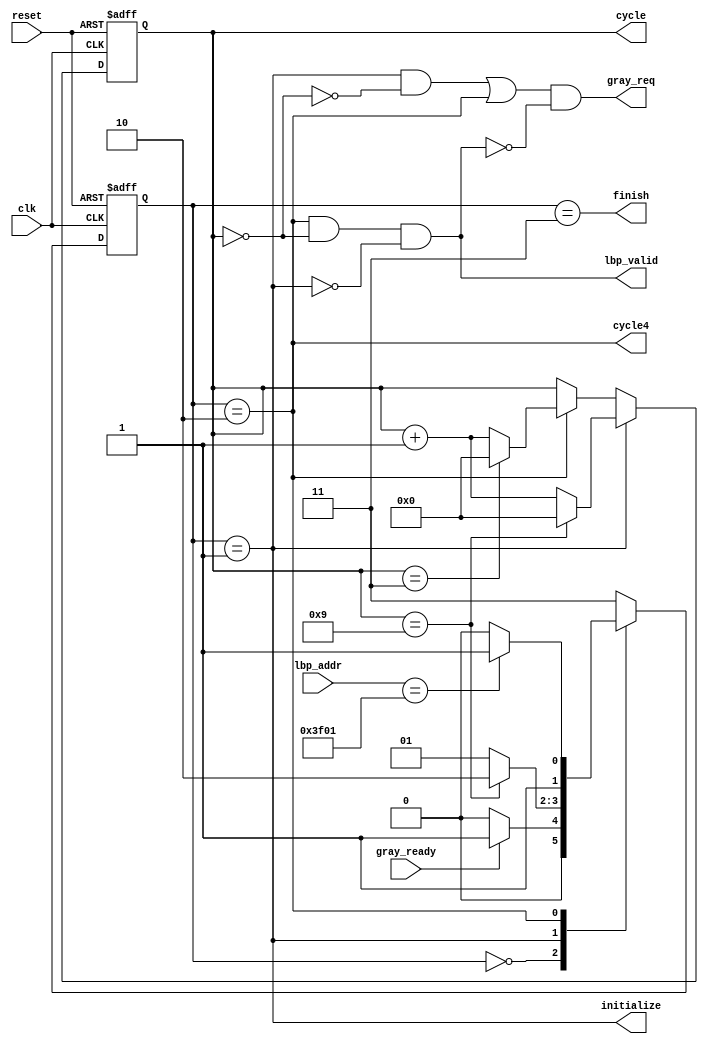
`timescale 1ns/10ps
module FSM(clk, reset, gray_ready, lbp_addr, lbp_valid, gray_req, finish, cycle, cycle4, initialize);
input clk, reset, gray_ready;
input [13:0]lbp_addr;
output lbp_valid, finish, cycle4, initialize, gray_req;
output reg [3:0]cycle;
reg [1:0]cs, ns;

always @(*) begin
  case(cs)
    2'd0: ns = (gray_ready) ? 2'd1 : 2'd0;
    2'd1: ns = (cycle == 4'd9) ? 2'd2 : 2'd1;
    2'd2: ns = (lbp_addr == 14'b11111100000001) ? 2'd3 : 2'd2;
    default: ns = 2'd3;
  endcase
end
always @(posedge clk or posedge reset) begin
  if (reset) begin
    cs <= 2'd0;
  end
  else begin
    cs <= ns;
  end
end
assign initialize = (cs == 2'd1);
assign cycle4 = (cs == 2'd2);
assign finish = (cs == 2'd3);
assign lbp_valid = (cycle4 && cycle == 4'd0) & ~initialize;
assign gray_req = ((initialize & ~(cycle == 4'd0)) | cycle4) & ~lbp_valid;

always @(posedge clk or posedge reset) begin
  if (reset) begin
    cycle <= 4'd0;
  end
  else if (initialize) begin
    cycle <= (cycle == 4'd9) ? 4'd0 : cycle + 1'd1;
  end
  else if (cycle4) begin
    cycle <= (cycle == 4'd3) ? 4'd0 : cycle + 1'd1;
  end
end

endmodule